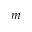
m